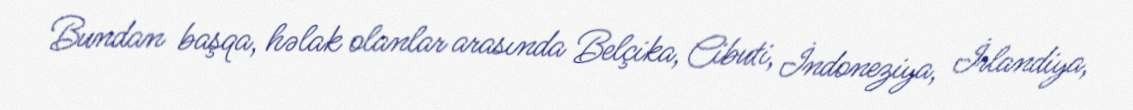
Bundan başqa, həlak olanlar arasında Belçika, Cibuti, İndoneziya, İrlandiya,